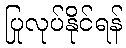
ပြုလုပ်နိုင်ရန်